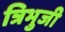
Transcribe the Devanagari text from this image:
त्रिभुजी